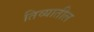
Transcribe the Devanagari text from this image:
तिव्यातील